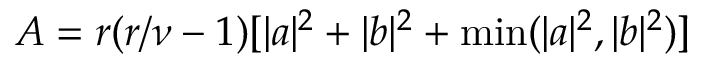
A = r ( r / \nu - 1 ) [ | a | ^ { 2 } + | b | ^ { 2 } + \operatorname* { m i n } ( | a | ^ { 2 } , | b | ^ { 2 } ) ]